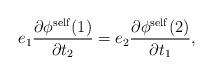
LaTeX: \begin{align*}e_1 \frac{{\partial}{\phi}^{\rm self}(1)}{{\partial}t_2}= e_2 \frac{{\partial}{\phi}^{\rm self}(2)}{{\partial}t_1},\end{align*}